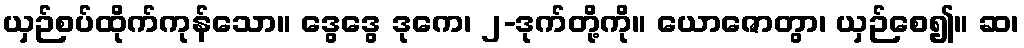
ယှဉ်စပ်ထိုက်ကုန်သော။ ဒွေဒွေ ဒုကေ၊ ၂-ဒုက်တို့ကို။ ယောဇောတွာ၊ ယှဉ်စေ၍။ ဆ၊